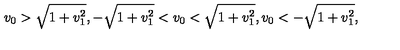
v _ { 0 } > \sqrt { 1 + v _ { 1 } ^ { 2 } } , - \sqrt { 1 + v _ { 1 } ^ { 2 } } < v _ { 0 } < \sqrt { 1 + v _ { 1 } ^ { 2 } } , v _ { 0 } < - \sqrt { 1 + v _ { 1 } ^ { 2 } } ,